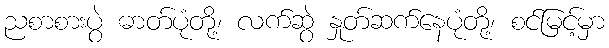
ညစာစားပွဲ ဓာတ်ပုံတို့၊ လက်ဆွဲ နှုတ်ဆက်နေပုံတို့၊ စင်မြင့်မှာ